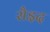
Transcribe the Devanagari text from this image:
सैइद